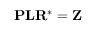
\mathbf { P } \mathbf { L } \mathbf { R } ^ { * } = \mathbf { Z }